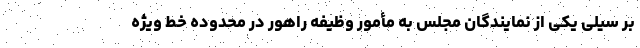
بر سیلی یکی از نمایندگان مجلس به مأمور وظیفه راهور در محدوده خط ویژه